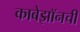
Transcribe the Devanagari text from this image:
काबेझॉनची